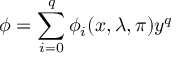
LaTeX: \phi = \sum _ { i = 0 } ^ { q } \phi _ { i } ( x , \lambda , \pi ) y ^ { q }